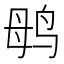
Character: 𱉞